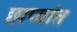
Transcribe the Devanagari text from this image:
छाप्यांत